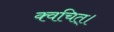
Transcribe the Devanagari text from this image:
क्वचित्‌।